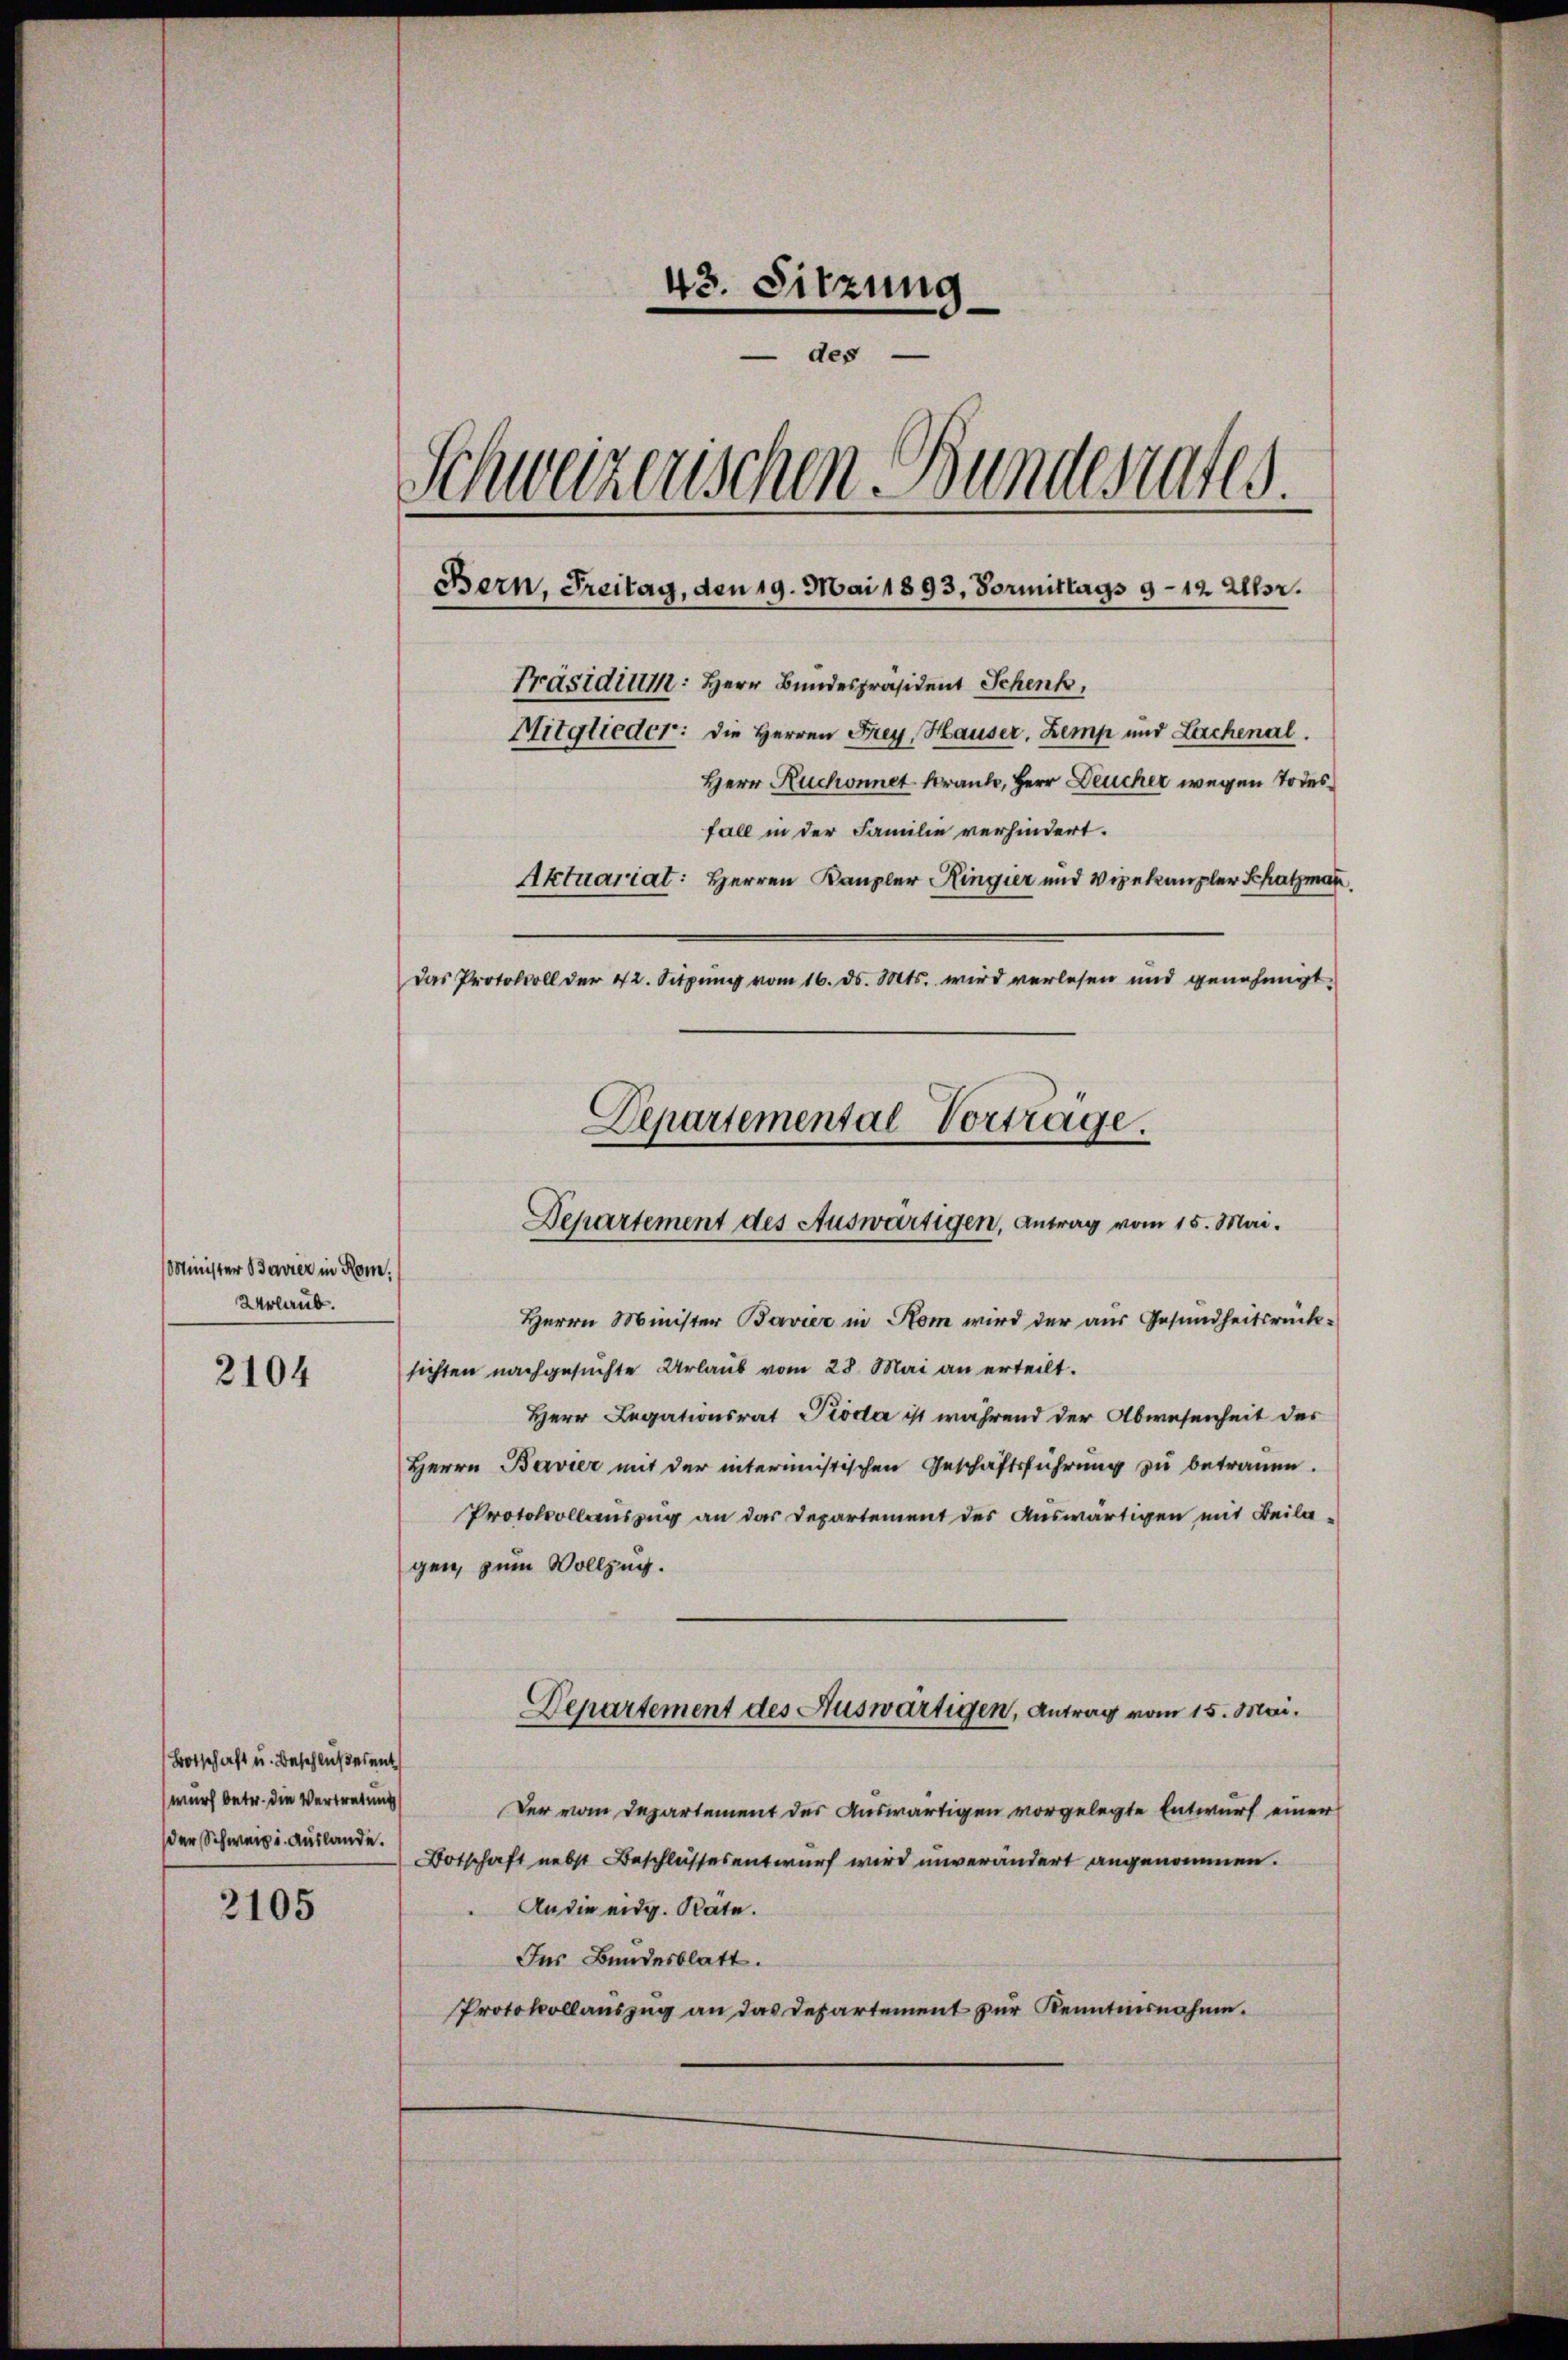
Minister Bavier in Rom.
Urlaub.

2104

Botschaft u. Beschlußesent
wurf betr. die Vertretung
der Schweiz u. Auslande.

2105

43. Sitzung
- des
Schweizerischen Bundesrates
Bern, Freitag, den 19. Mai 1893. Vormittags 9 - 12. Altor.
Präsidium: Herr Bundespräsident Schenk,
Mitglieder: die Herren Frey, Hauser, Zemp und Lachenal.
Herr Ruchonnet kranke, Herr Deucher wegen Todesfall in der Familie verhindert.
Aktuariat: Herren Kanzler Ringier und Vizekanzler Schatzmann
Das Protokoll der 42. Sitzŭng vom 16. ds. Mts. wird verlesen und genehmigt.

Departemental Vorträge.
Departement des Auswärtigen, Antrag vom 15. Mai.

Herrn Minister Bavier in Rom wird der aus Gesundheitsrück-
sichten nachgesuchte Urlaub vom 28. Mai an erteilt.
Herr Legationsrat Piode ist während der Abwesenheit des
Herrn Bavier mit der intermistischen Geschäftsführung zu betrauen.
Protokollauszug an das Departement des Auswärtigen mit Beilagen, zum Vollzug.
Der vom Departement des Auswärtigen vorgelegte Entwurf einer
Botschaft nebst Beschlussesentwurf wird unverändert angenommen.
An die eidg. Rate.
Ins Bundesblatt.
Protokollaŭszŭg an das Departement zŭr Kenntnisnahme.

Departement des Auswärtigen, Antrag vom 15. Mai.